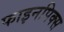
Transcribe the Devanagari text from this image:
फाइनपिक्स